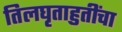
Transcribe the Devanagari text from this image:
तिलघृताहुतींचा